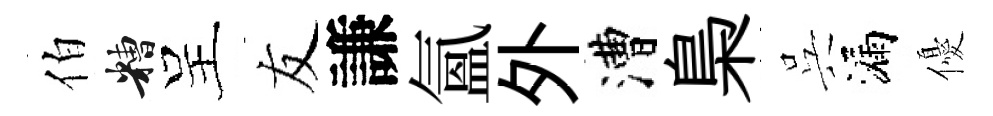
伯糟呈友謙氳外漕梟呉漏優